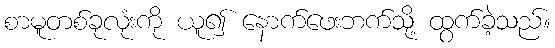
စာမူတစ်ခုလုံးကို ယူ၍ နောက်ဖေးဘက်သို့ ထွက်ခဲ့သည်။